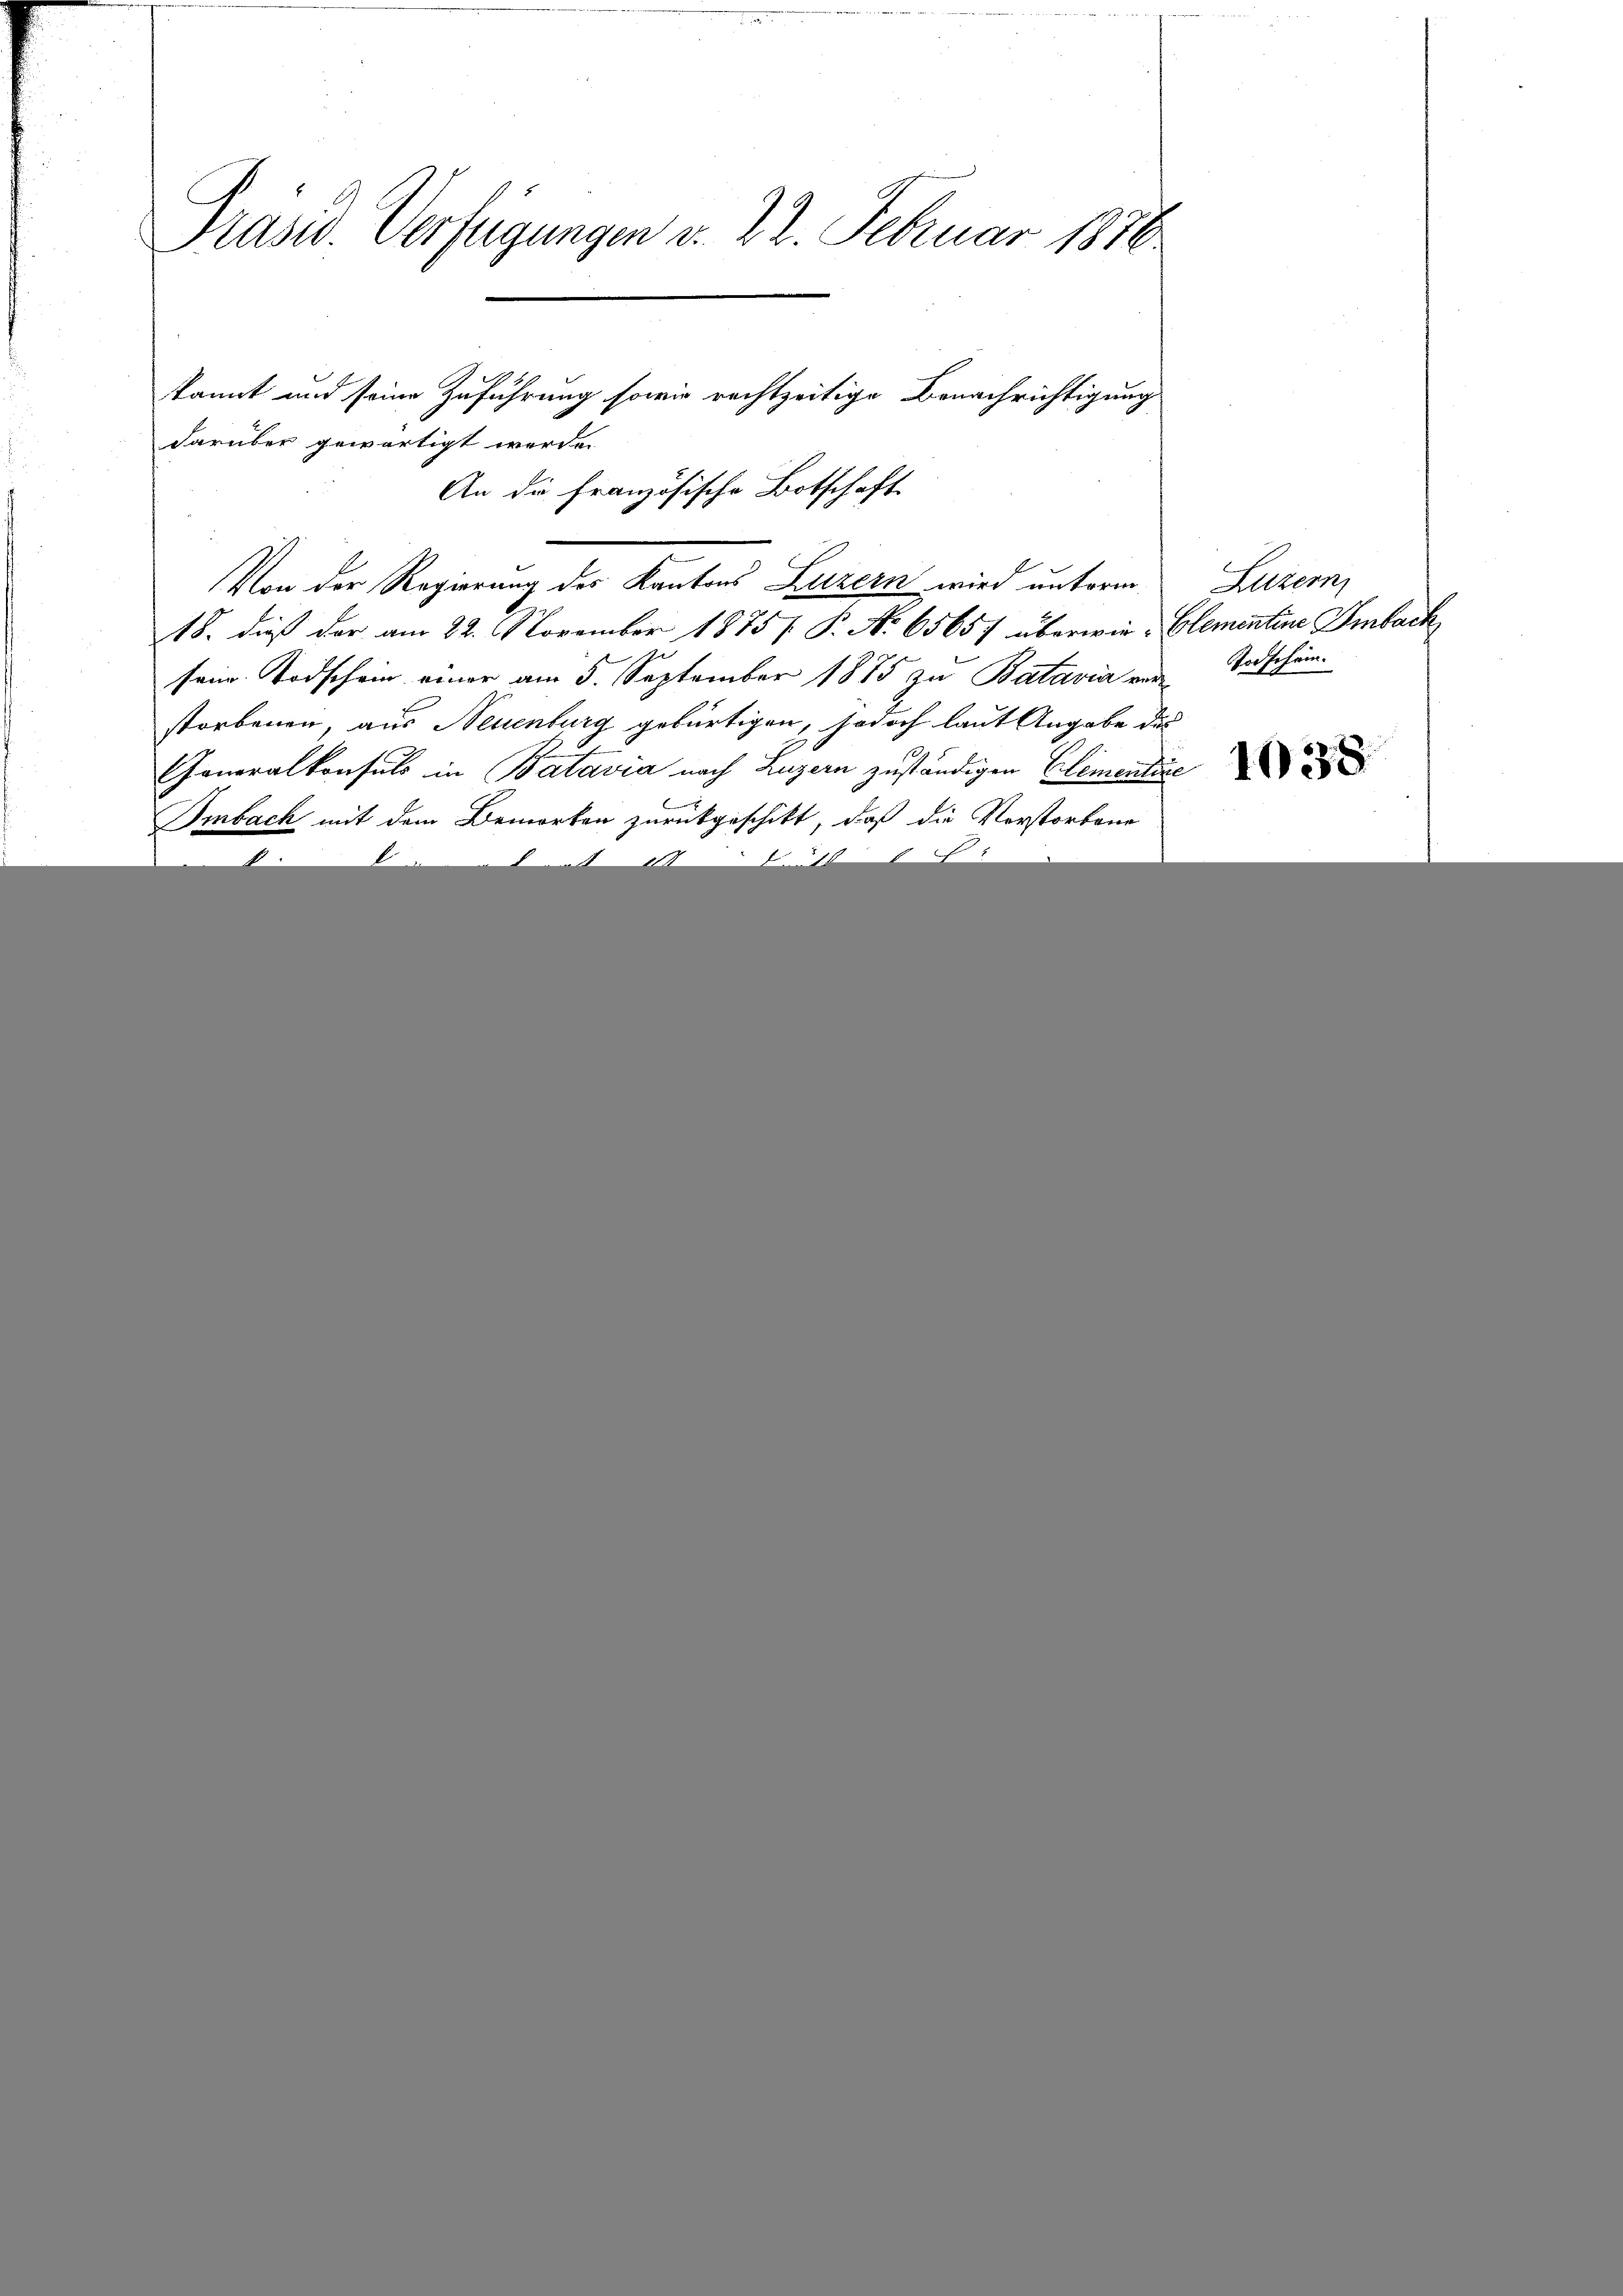
Präsid. Verfügungen v. 22. Februar 1876
kannt und seine Zuführung sowie rechtzeitige Benachrichtigung

darüber gewärtigt werde.
sein Todschein einer am 5. September 1885 zu Batavia vorstorbenen, aus Neuenburg gebürtigen, jedoch laut Angabe des
Generalkonsuls in Batavia nach Luzern zuständigen Elementire
Imbach mit dem Bemerken zurückgeschikt, daß die Vorstorbene
x

Von der Regierung des Kantons Luzern wird unterm
18. dieß der am 22. November 1875 / P. No 65657 überwie- Clementine Amback

An die Französische Botschaft

Luzern
Todschein.

1038.